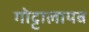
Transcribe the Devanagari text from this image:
गोट्टालायब